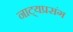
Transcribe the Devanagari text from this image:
नाट्यप्रसंग